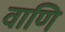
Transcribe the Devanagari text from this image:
वाणि